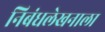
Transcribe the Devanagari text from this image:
निबंधलेखनाला